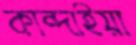
কান্দাইয়া